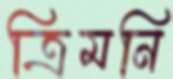
ত্রিমনি